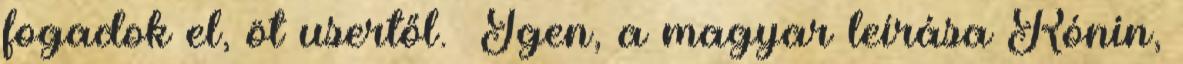
fogadok el, öt usertől. Igen, a magyar leírása Rónin,